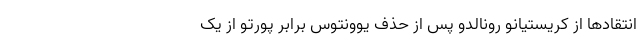
انتقاد‌ها از کریستیانو رونالدو پس از حذف یوونتوس برابر پورتو از یک